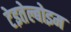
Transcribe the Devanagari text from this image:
टेइतेल्बोइम